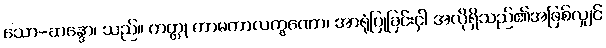
သော-ဆန္ဒော၊ သည်။ ကတ္တု ကာမတာလက္ခဏော၊ အာရုံပြုခြင်းငှါ အလိုရှိသည်၏အဖြစ်လျှင်